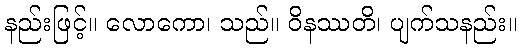
နည်းဖြင့်။ လောကော၊ သည်။ ဝိနဿတိ၊ ပျက်သနည်း။